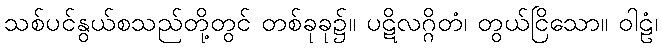
သစ်ပင်နွယ်စသည်တို့တွင် တစ်ခုခု၌။ ပဋိလဂ္ဂိတံ၊ တွယ်ငြိသော။ ဝါဠံ၊